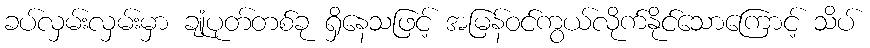
ခပ်လှမ်းလှမ်းမှာ ချုံပုတ်တစ်ခု ရှိနေသဖြင့် အမြန်ဝင်ကွယ်လိုက်နိုင်သောကြောင့် သိပ်